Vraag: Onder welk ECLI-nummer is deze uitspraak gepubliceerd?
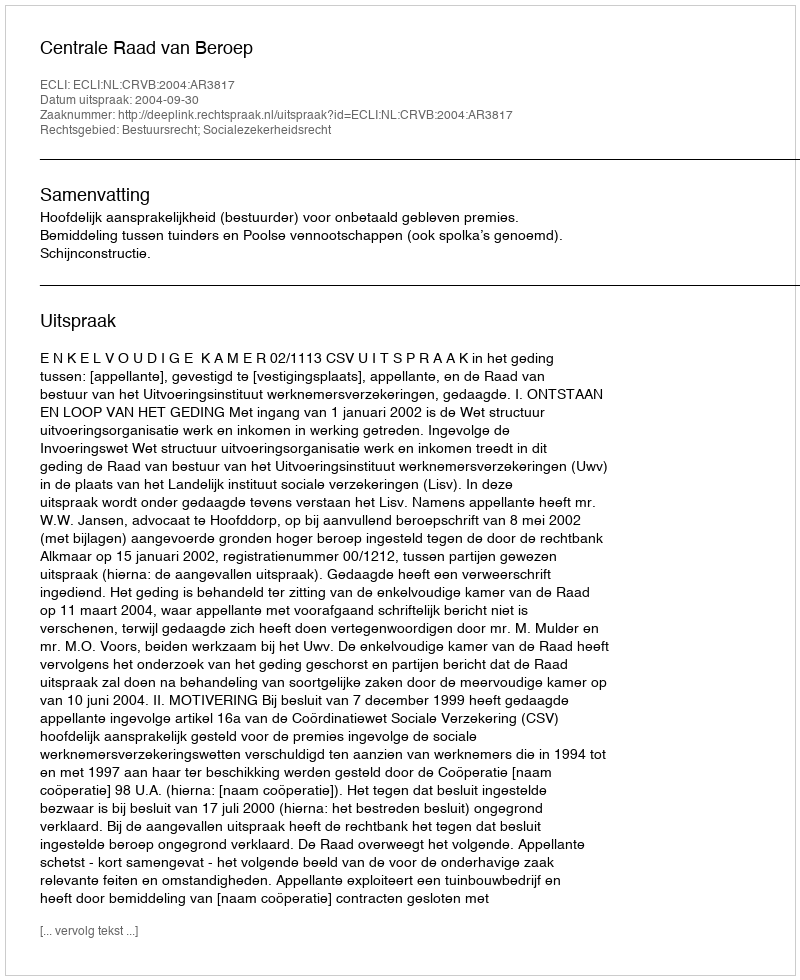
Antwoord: ECLI:NL:CRVB:2004:AR3817